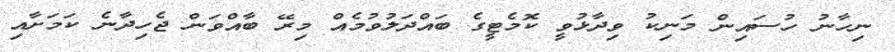
ނިހާނު ހުސައިން މަނިކު ވިދާޅުވީ ކޮމެޓީގެ ބައްދަލުވުމެއް މިރޭ ބާއްވަން ޖެހިދާނެ ކަމަށާއި